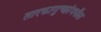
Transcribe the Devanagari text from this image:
तारकागुच्छांमधील